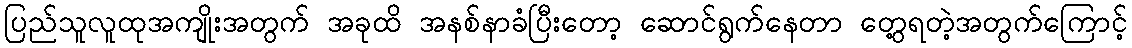
ပြည်သူလူထုအကျိုးအတွက် အခုထိ အနစ်နာခံပြီးတော့ ဆောင်ရွက်နေတာ တွေ့ရတဲ့အတွက်ကြောင့်